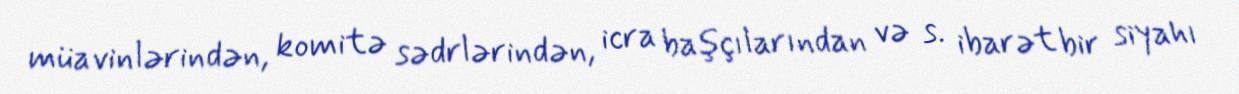
müavinlərindən, komitə sədrlərindən, icra başçılarından və s. ibarət bir siyahı